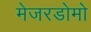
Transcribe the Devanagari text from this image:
मेजरडोमो